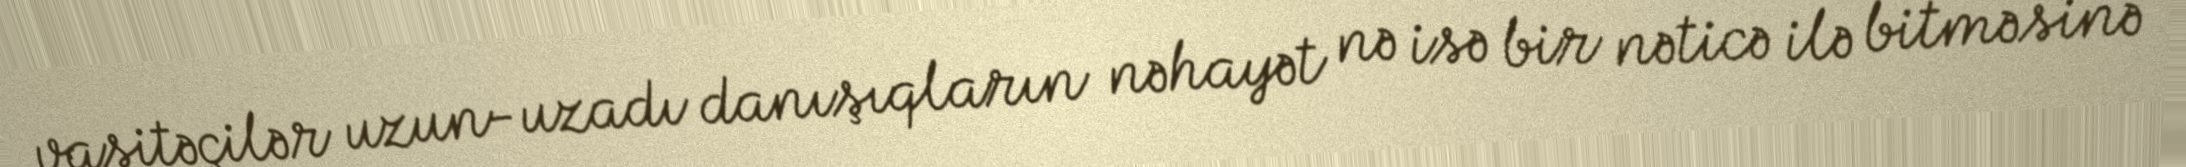
vasitəçilər uzun-uzadı danışıqların nəhayət nə isə bir nəticə ilə bitməsinə